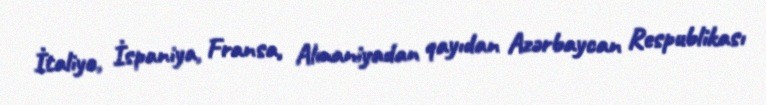
İtaliya, İspaniya, Fransa, Almaniyadan qayıdan Azərbaycan Respublikası